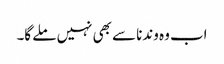
اب وہ وندنا سے بھی نہیں ملے گا۔